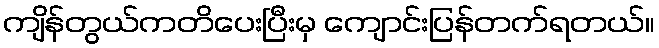
ကျိန်တွယ်ကတိပေးပြီးမှ ကျောင်းပြန်တက်ရတယ်။